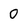
Character: 0